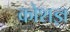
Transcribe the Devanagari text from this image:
कोशज्ञ